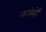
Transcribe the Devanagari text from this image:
कमेरों